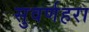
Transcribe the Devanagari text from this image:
सुवर्णहरा